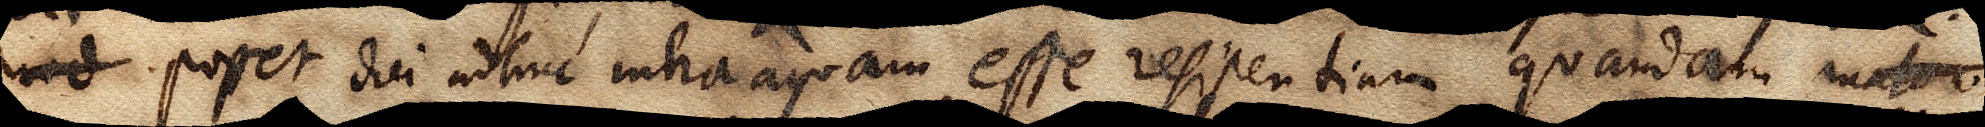
prod posset dici adhuc intra aquam esse resistentiam quandam mater